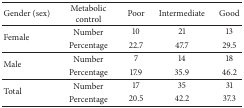
<table><thead><tr><td><b>Gender (sex)</b></td><td><b>Metabolic control</b></td><td><b>Poor</b></td><td><b>Intermediate</b></td><td><b>Good</b></td></tr></thead><tbody><tr><td rowspan="2">Female</td><td>Number </td><td>10</td><td>21</td><td>13</td></tr><tr><td>Percentage</td><td>22.7</td><td>47.7</td><td>29.5</td></tr><tr><td rowspan="2">Male</td><td>Number</td><td>7</td><td>14</td><td>18</td></tr><tr><td>Percentage</td><td>17.9</td><td>35.9</td><td>46.2</td></tr><tr><td rowspan="2">Total</td><td>Number</td><td>17</td><td>35</td><td>31</td></tr><tr><td>Percentage</td><td>20.5</td><td>42.2</td><td>37.3</td></tr></tbody></table>